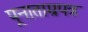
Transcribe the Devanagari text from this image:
पूनाताम्रपत्र